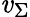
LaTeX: \mathit{v}_{\Sigma}